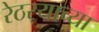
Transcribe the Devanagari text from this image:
रेठर्‍याच्या